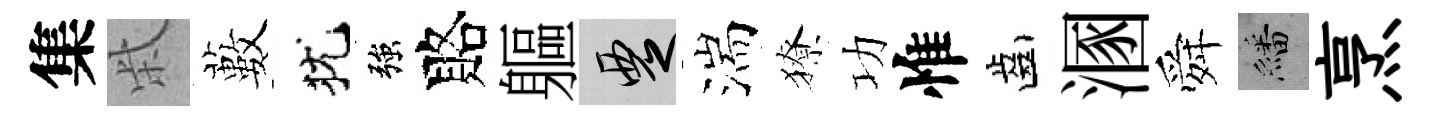
集柴藪犹強賂軀覂湍獠功惟齒溷舜繙烹